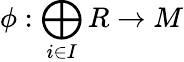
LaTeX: \phi:\bigoplus_{i\in I}R\to M